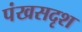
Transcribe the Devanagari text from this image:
पंखसदृश